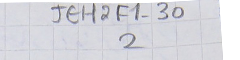
JEH2F1-302